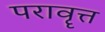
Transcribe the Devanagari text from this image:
परावॄत्त